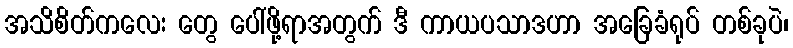
အသိစိတ်ကလေး တွေ ပေါ်ဖို့ရာအတွက် ဒီ ကာယပသာဒဟာ အခြေခံရုပ် တစ်ခုပဲ၊